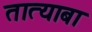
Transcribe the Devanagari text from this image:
तात्याबा